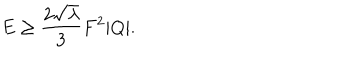
LaTeX: E \ge { \frac { 2 \sqrt { \lambda } } { 3 } } F ^ { 2 } | Q | .